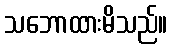
သဘောထားမိသည်။